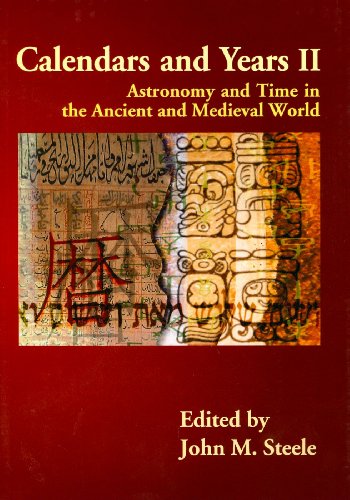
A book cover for Calendars and Years II: Astronomy and Time in the Ancient and Medieval World; Science & Math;